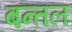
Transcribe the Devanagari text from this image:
बन्तल